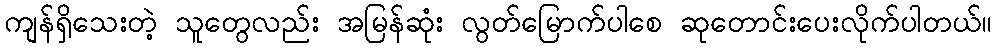
ကျန်ရှိသေးတဲ့ သူတွေလည်း အမြန်ဆုံး လွတ်မြောက်ပါစေ ဆုတောင်းပေးလိုက်ပါတယ်။